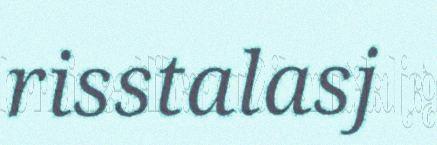
risstalasj